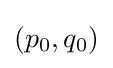
{\textstyle (p_{0},q_{0})}